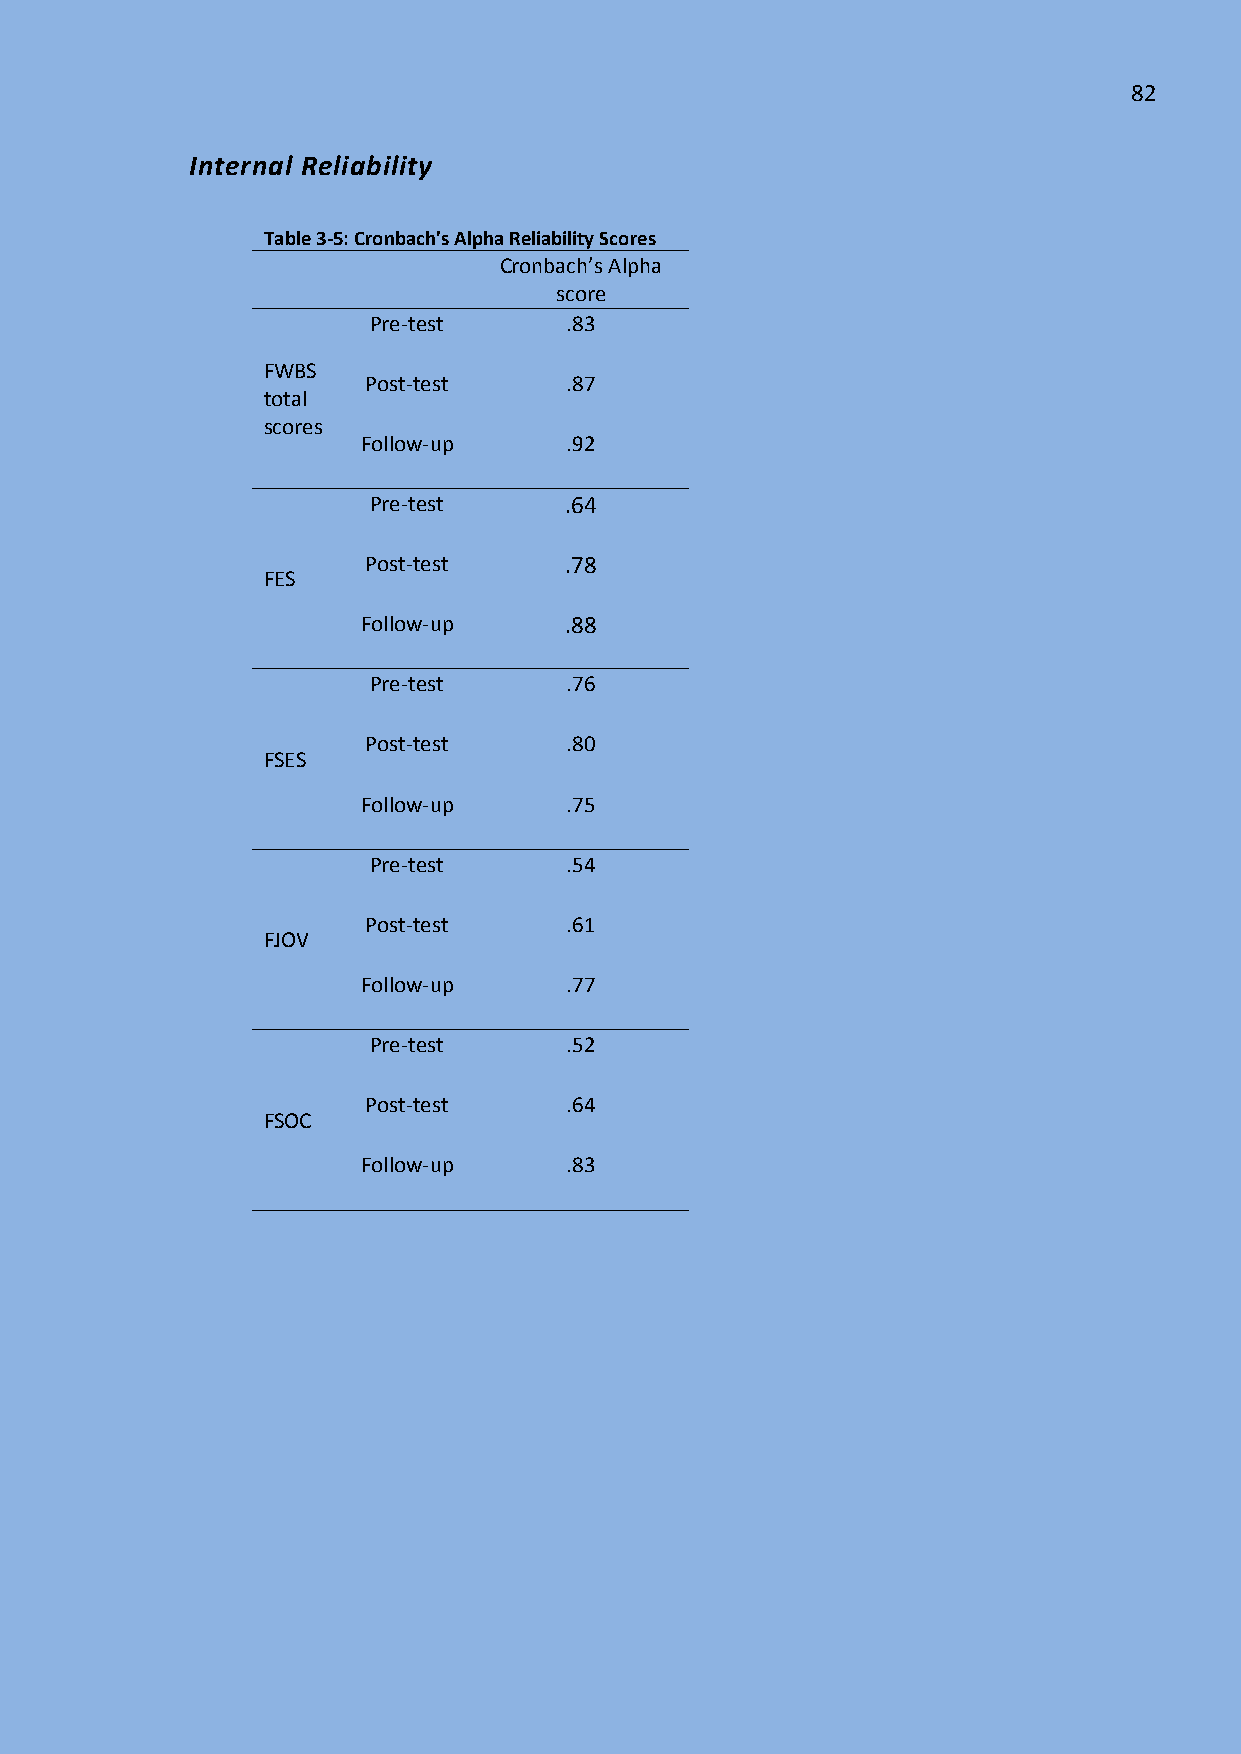
82
 Internal Reliability
 Table 3-5: Cronbach's Alpha Reliability Scores
 Cronbach’s Alpha
 score
 Pre-test     .83
 FWBS
 Post-test    .87
 total
 scores
 Follow-up    .92
 Pre-test     .64
 Post-test    .78
 FES
 Follow-up    .88
 Pre-test     .76
 Post-test    .80
 FSES
 Follow-up    .75
 Pre-test     .54
 Post-test    .61
 FJOV
 Follow-up    .77
 Pre-test     .52
 Post-test    .64
 FSOC
 Follow-up    .83